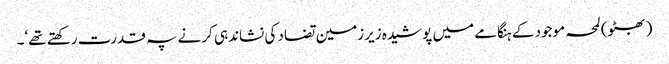
(بھٹو) لمحہ موجود کے ہنگامے میں پوشیدہ زیرزمین تضاد کی نشاندہی کرنے پہ قدرت رکھتے تھے‘۔